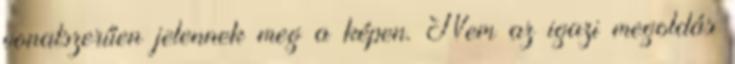
vonalszerűen jelennek meg a képen. Nem az igazi megoldás